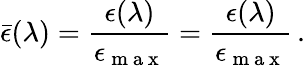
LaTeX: \bar{\epsilon}(\lambda)=\frac{\epsilon(\lambda)}{\epsilon_{\mathrm{~m~a~x~}}}=\frac{\epsilon(\lambda)}{\epsilon_{\mathrm{~m~a~x~}}}\, .